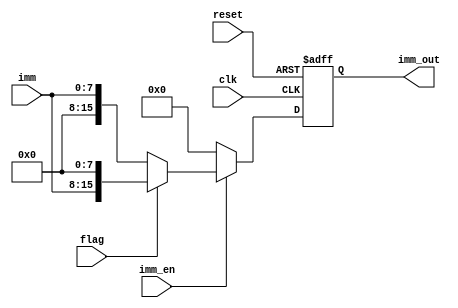
`timescale 1 ns / 1 ps

module immediate_operation (clk,imm_en,imm,flag,imm_out,reset);

input clk,imm_en,flag,reset;
input [7:0] imm;

output reg [15:0] imm_out;

always @(posedge clk or posedge reset)
begin
	if (reset == 1)
	begin
		imm_out <= 16'd0;
	end
	
	else if (imm_en == 1)
	begin
		if (flag == 1)
			imm_out <= {imm[7:0],8'd0};
		else
			imm_out <= {8'd0,imm[7:0]};
	end

	else
		imm_out <= 16'b0;
end
endmodule